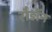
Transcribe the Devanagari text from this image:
रौडॉन